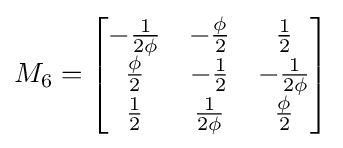
M_{6}={\begin{bmatrix}-{\frac {1}{2\phi }}&-{\frac {\phi }{2}}&{\frac {1}{2}}\\{\frac {\phi }{2}}&-{\frac {1}{2}}&-{\frac {1}{2\phi }}\\{\frac {1}{2}}&{\frac {1}{2\phi }}&{\frac {\phi }{2}}\end{bmatrix}}